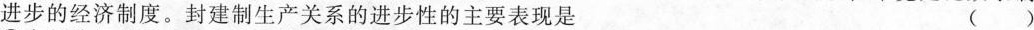
进步的经济制度。封建制生产关系的进步性的主要表现是 ()